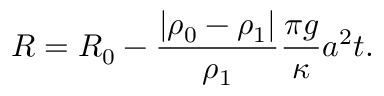
R = R _ { 0 } - \frac { | \rho _ { 0 } - \rho _ { 1 } | } { \rho _ { 1 } } \frac { \pi g } { \kappa } a ^ { 2 } t .